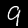
Digit: 9